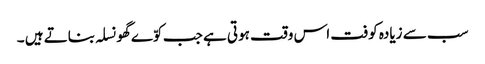
سب سے زیادہ کوفت اس وقت ہوتی ہے جب کوّے گھونسلہ بناتے ہیں ۔